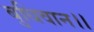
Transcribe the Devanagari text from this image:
बुधिवान।।